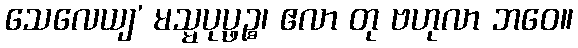
သေလေယျ’ မသ္မပုပ္ဖဉ္စ၊ ဧလာ တု ဗဟုလာ ဘဝေ။